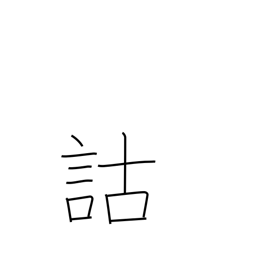
Meaning: critical analysis of classical texts